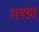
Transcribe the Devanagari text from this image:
गण्डा